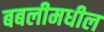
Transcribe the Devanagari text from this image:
बबलीमधील